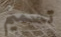
تسميم